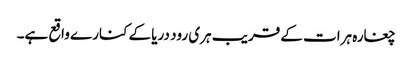
چغارہ ہرات کے قریب ہری رود دریا کے کنارے واقع ہے۔